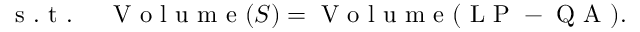
\begin{array} { r l } { \mathrm { ~ s ~ . ~ t ~ . ~ } } & { { } \mathrm { ~ V ~ o ~ l ~ u ~ m ~ e ~ } ( S ) = \mathrm { ~ V ~ o ~ l ~ u ~ m ~ e ~ } ( \mathrm { ~ L ~ P ~ - ~ Q ~ A ~ } ) . } \end{array}